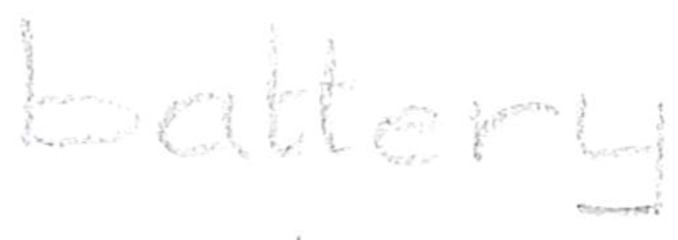
Text: battery
Cross-out: clean
Writing tool: pencil